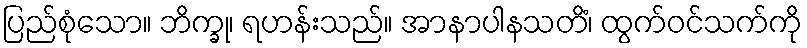
ပြည်စုံသော။ ဘိက္ခု၊ ရဟန်းသည်။ အာနာပါနသတိံ၊ ထွက်ဝင်သက်ကို